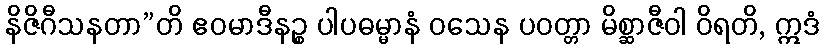
နိဇိဂီသနတာ”တိ ဧဝမာဒီနဉ္စ ပါပဓမ္မာနံ ဝသေန ပဝတ္တာ မိစ္ဆာဇီဝါ ဝိရတိ, ဣဒံ